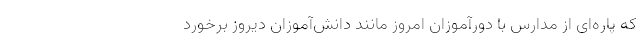
که پاره‌ای از مدارس با دورآموزان امروز مانند دانش‌آموزان دیروز برخورد